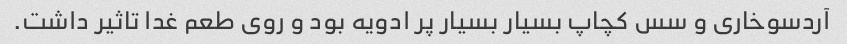
آردسوخاری و سس کچاپ بسیار بسیار پر ادویه بود و روی طعم غدا تاثیر داشت.